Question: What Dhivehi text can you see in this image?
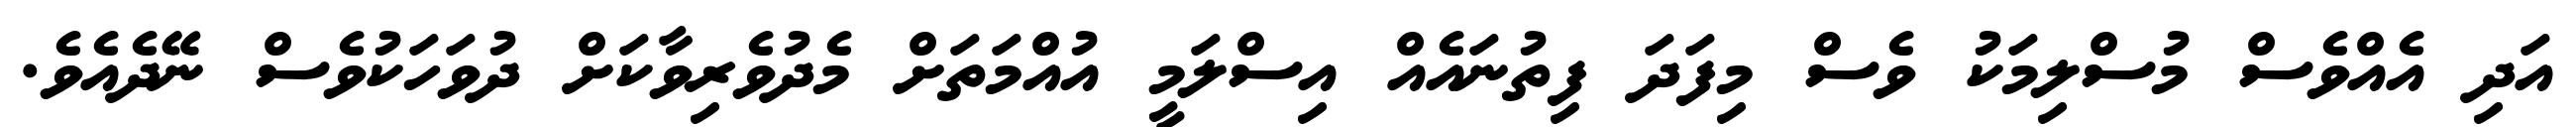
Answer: އަދި އެއްވެސް މުސްލިމަކު ވެސް މިފަދަ ފިތުނައެއް އިސްލަމީ އުއްމަތަށް މެދުވެރިވާކަށް ދުވަހަކުވެސް ނޭދެއެވެ.